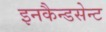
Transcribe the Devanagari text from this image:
इनकैन्डसेन्ट